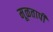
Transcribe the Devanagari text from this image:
मूळतापी